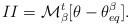
LaTeX: \begin{align*} II = \mathcal{M}^t_\beta[\theta -\theta_{eq}^\beta]. \end{align*}